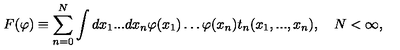
F ( \varphi ) \equiv \sum _ { n = 0 } ^ { N } \int d x _ { 1 } . . . d x _ { n } \varphi ( x _ { 1 } ) \ldots \varphi ( x _ { n } ) t _ { n } ( x _ { 1 } , . . . , x _ { n } ) , \quad N < \infty ,